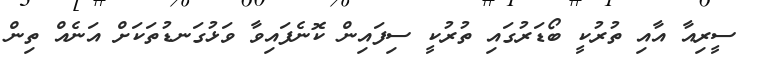
ސީރިއާ އާއި ތުރުކީ ބޯޑަރުގައި ތުރުކީ ސިފައިން ކޮނެފައިވާ ވަޅުގަނޑުތަކަށް އަނެއް ތިން